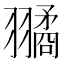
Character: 𦒔